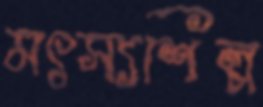
মৎস্যশিল্প